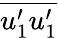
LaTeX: \overline{{u_{1}^{\prime}u_{1}^{\prime}}}